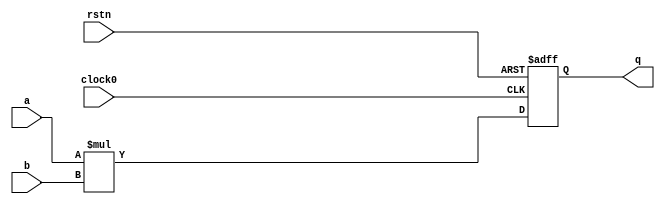

module dut  (input [2:0]a,b,
              input rstn,
              input clock0,
              output reg [5:0] q);
 
  always @ (posedge clock0 or negedge rstn) 
      begin
       if (!rstn)
          q <= 0;
       else
          q <= a*b;
      end    
endmodule